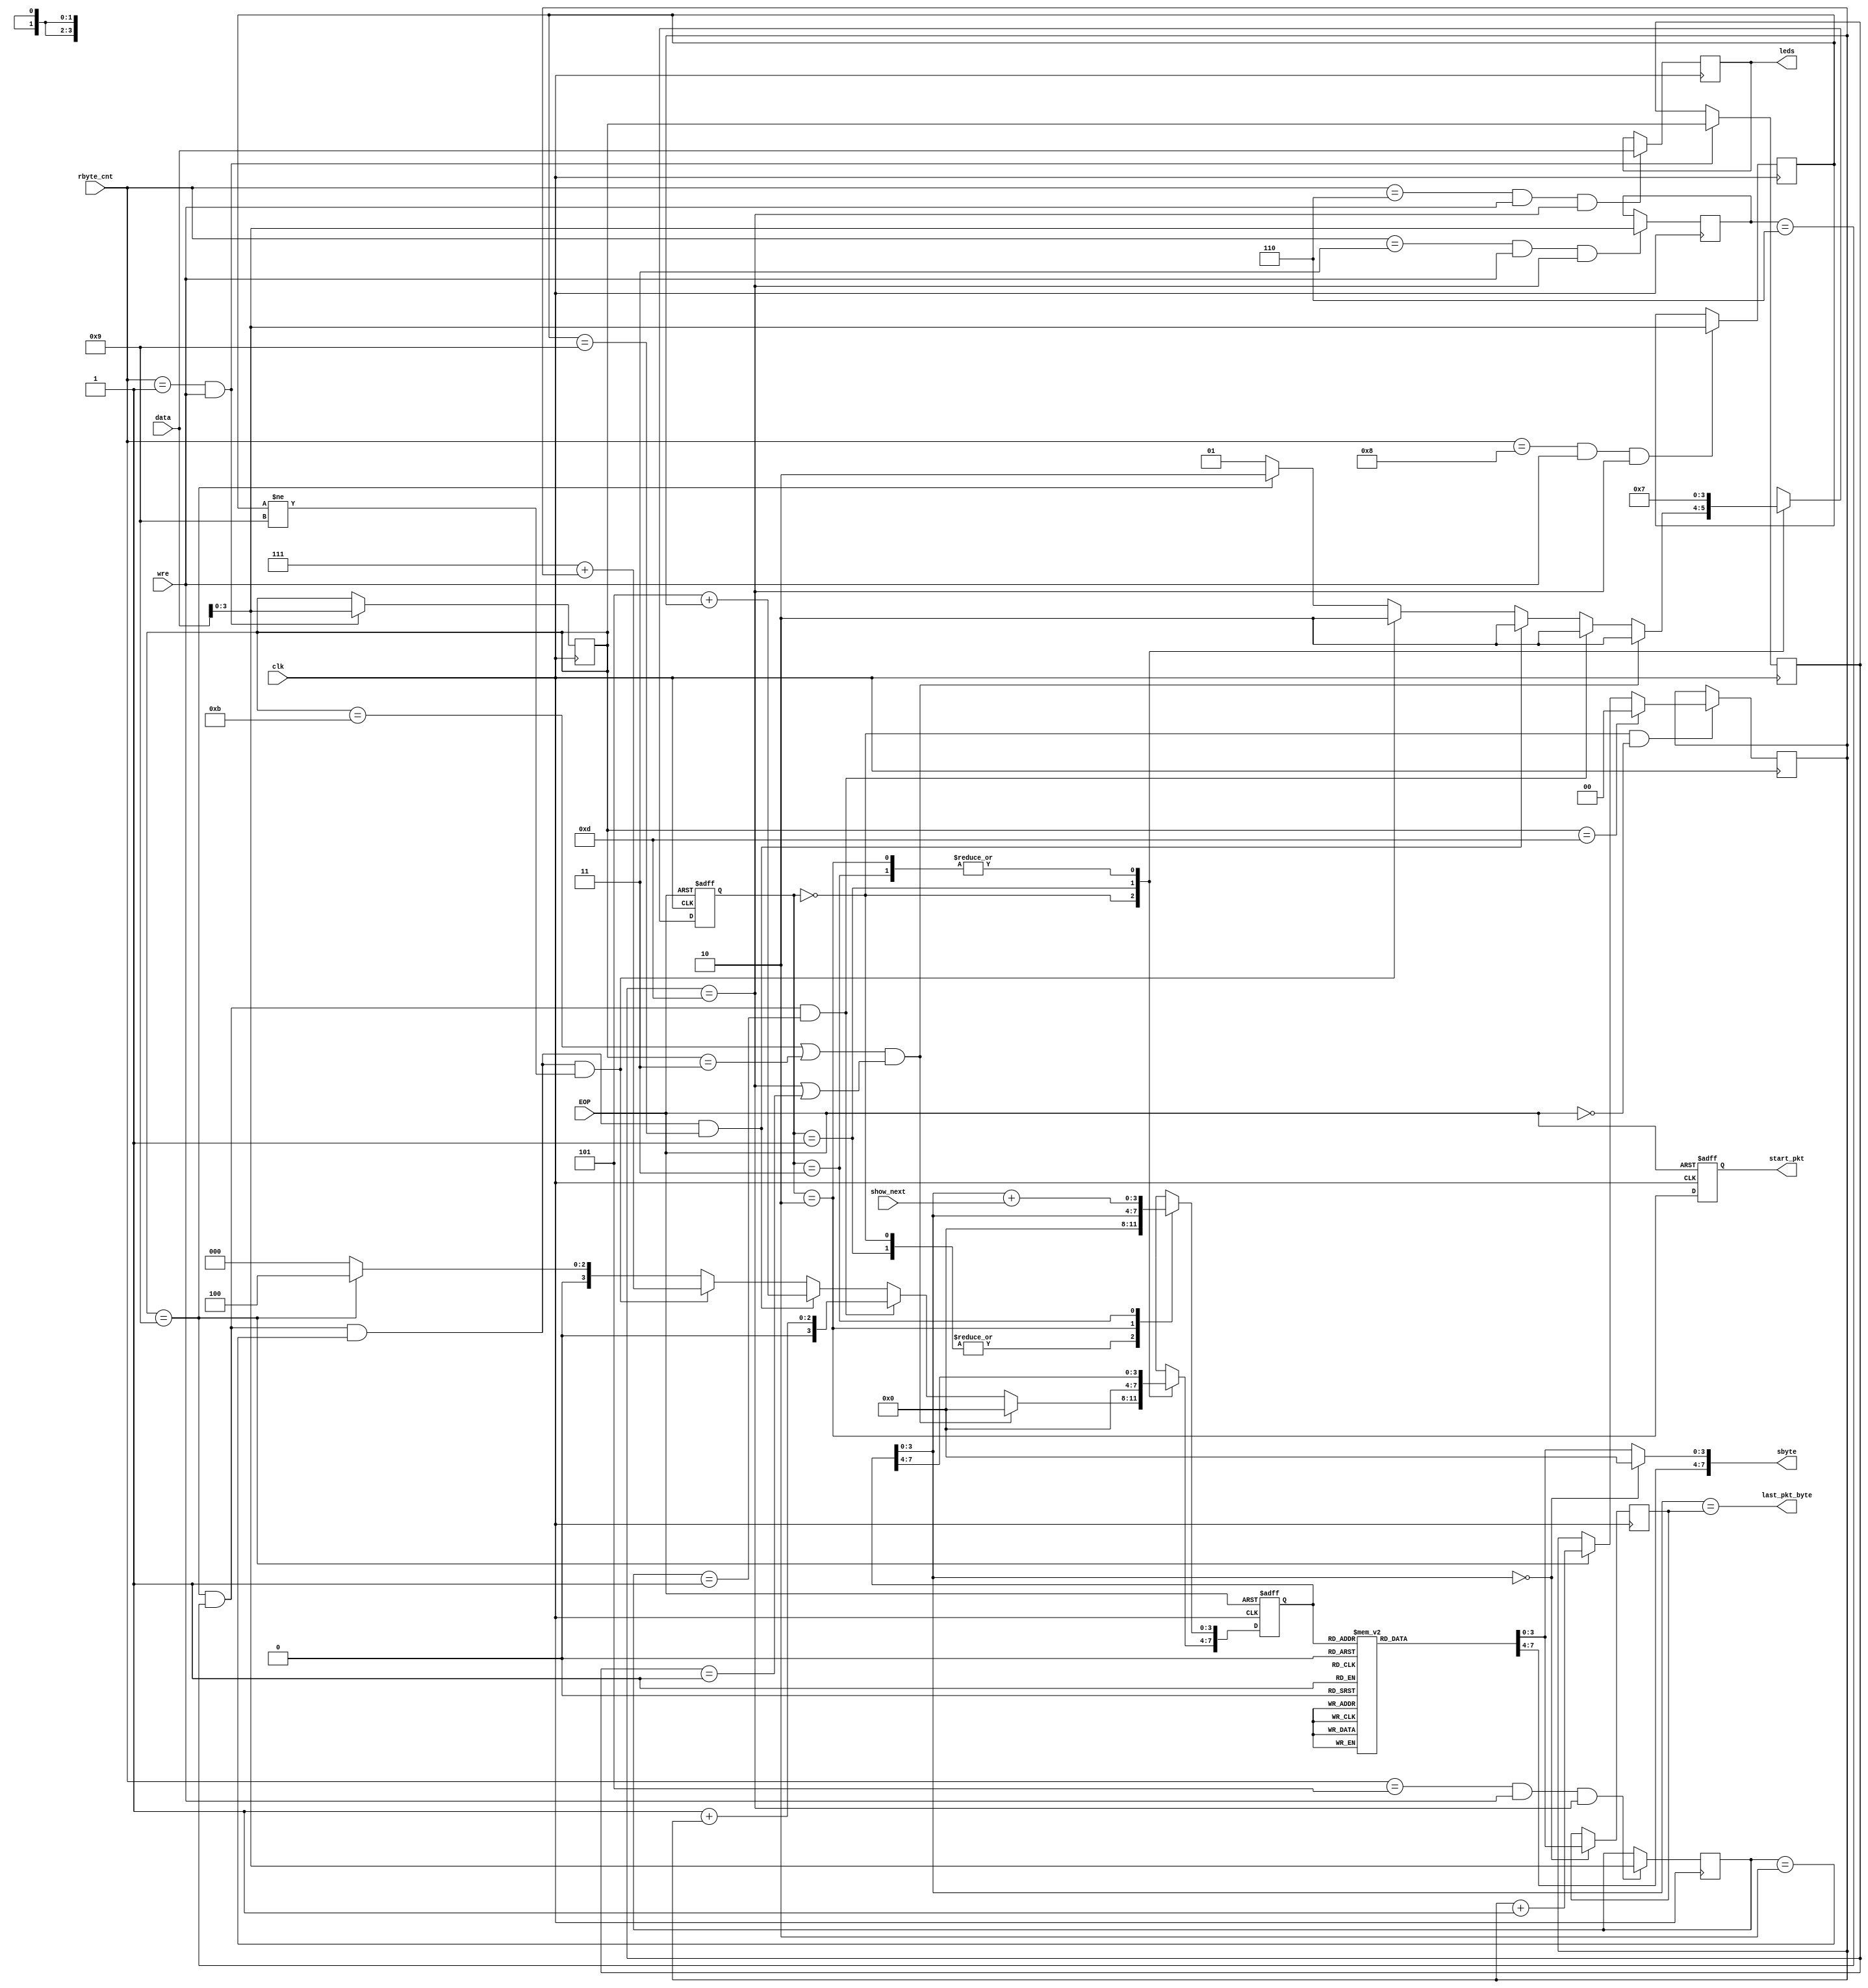

//simplest low speed USB CORE function

module ls_usb_core(

	//clock should be 5Mhz
	input wire clk,

	input wire EOP,
	input wire [7:0]data,
	input wire wre,

	input wire [3:0]rbyte_cnt,

	input wire show_next,

	output reg [7:0]sbyte,
	output reg start_pkt,
	output reg last_pkt_byte,
	output reg [7:0]leds
	);

//PIDs of last 2 received packets
reg [3:0]pid0;
reg [3:0]pid1;
reg [1:0]toggle;

always @(posedge clk)
begin
	if( (rbyte_cnt==4'h1) & wre)
	begin
		pid1 <= pid0;
		pid0 <= data[3:0];
	end
end

reg [3:0]setup_req;
always @(posedge clk)
begin
	if( (rbyte_cnt==4'h3) & wre & (pid1==4'hd) )
		setup_req <= data[3:0];
end

always @(posedge clk)
begin
	if( (rbyte_cnt==4'h6) & wre & (pid1==4'hd) )
		leds <= data[7:0];
end

/*
reg setup_val0;
always @(posedge clk)
begin
	if( (rbyte_cnt==4'h4) & wre & (pid1==4'hd) )
		setup_val0 <= data[0];
end
*/

reg [3:0]setup_val;
always @(posedge clk)
begin
	if( (rbyte_cnt==4'h5) & wre & (pid1==4'hd) )
		setup_val <= data[3:0];
end

reg [3:0]setup_len;
always @(posedge clk)
begin
	if( (rbyte_cnt==4'h8) & wre & (pid1==4'hd) )
		setup_len <= data[3:0];
end

//sending bytes table
reg [7:0]sptr;
reg [7:0]sb; //byte for send and flag for last packet

always @*
begin
	case(sptr)
	//ACK packet
	8'h00: sb = 8'h81;	//SYN	
	8'h01: sb = 8'hD2;	//last in packet
	8'h02: sb = 8'h00;
	8'h03: sb = 8'h00;
	8'h04: sb = 8'h00;
	8'h05: sb = 8'h00;
	8'h06: sb = 8'h00;
	8'h07: sb = 8'h00;
	8'h08: sb = 8'h00;
	8'h09: sb = 8'h00;
	8'h0a: sb = 8'h00;
	8'h0b: sb = 8'h00;
	8'h0c: sb = 8'h00;
	8'h0d: sb = 8'h00;
	8'h0e: sb = 8'h00;
	8'h0f: sb = 8'h00;
	
	//config descriptor 
	8'h10: sb = 8'h8b; //SYN
	8'h11: sb = 8'h4B;
	8'h12: sb = 8'h12;	//12 01 00 01 FF 00 00 08 23 f3
	8'h13: sb = 8'h01;
	8'h14: sb = 8'h00;
	8'h15: sb = 8'h01;
	8'h16: sb = 8'hff;
	8'h17: sb = 8'h00;
	8'h18: sb = 8'h00;
	8'h19: sb = 8'h08;
	8'h1a: sb = 8'h23;
	8'h1b: sb = 8'hf3;	//last in packet
	8'h1c: sb = 8'h00;
	8'h1d: sb = 8'h00;
	8'h1e: sb = 8'h00;
	8'h1f: sb = 8'h00;

	//config descriptor continued
	8'h20: sb = 8'h8b; 	//SYN
	8'h21: sb = 8'hC3;
	8'h22: sb = 8'hB9;	//B9 04 00 03 00 02 02 01 14 4a
	8'h23: sb = 8'h04;
	8'h24: sb = 8'h00;
	8'h25: sb = 8'h03;
	8'h26: sb = 8'h00;
	8'h27: sb = 8'h02;
	8'h28: sb = 8'h02;
	8'h29: sb = 8'h00;
	8'h2a: sb = 8'hd5;
	8'h2b: sb = 8'h8a;
	8'h2c: sb = 8'h00;
	8'h2d: sb = 8'h00;
	8'h2e: sb = 8'h00;
	8'h2f: sb = 8'h00;

	//config descriptor continued
	8'h30: sb = 8'h85; 	//SYN
	8'h31: sb = 8'h4B;
	8'h32: sb = 8'h00;	//00 01 3f 8f
	8'h33: sb = 8'h01;
	8'h34: sb = 8'h3f;
	8'h35: sb = 8'h8f;
	8'h36: sb = 8'h00;
	8'h37: sb = 8'h00;
	8'h38: sb = 8'h00;
	8'h39: sb = 8'h00;
	8'h3a: sb = 8'h00;
	8'h3b: sb = 8'h00;
	8'h3c: sb = 8'h00;
	8'h3d: sb = 8'h00;
	8'h3e: sb = 8'h00;
	8'h3f: sb = 8'h00;

	//empty IN
	8'h40: sb = 8'h83; 	//SYN
	8'h41: sb = 8'h4B;
	8'h42: sb = 8'h00;
	8'h43: sb = 8'h00;
	8'h44: sb = 8'h00;
	8'h45: sb = 8'h00;
	8'h46: sb = 8'h00;
	8'h47: sb = 8'h00;
	8'h48: sb = 8'h00;
	8'h49: sb = 8'h00;
	8'h4a: sb = 8'h00;
	8'h4b: sb = 8'h00;
	8'h4c: sb = 8'h00;
	8'h4d: sb = 8'h00;
	8'h4e: sb = 8'h00;
	8'h4f: sb = 8'h00;

	//config descriptor configuration
	8'h50: sb = 8'h8b; 	//SYN
	8'h51: sb = 8'h4B;
	8'h52: sb = 8'h09;
	8'h53: sb = 8'h02;
	8'h54: sb = 8'h14;
	8'h55: sb = 8'h00;
	8'h56: sb = 8'h01;
	8'h57: sb = 8'h01;
	8'h58: sb = 8'h00;
	8'h59: sb = 8'h80;
	8'h5a: sb = 8'h0e;
	8'h5b: sb = 8'hd6;
	8'h5c: sb = 8'h00;
	8'h5d: sb = 8'h00;
	8'h5e: sb = 8'h00;
	8'h5f: sb = 8'h00;

	//config descriptor configuration continued
	8'h60: sb = 8'h84; 	//SYN
	8'h61: sb = 8'hC3;
	8'h62: sb = 8'h0d;
	8'h63: sb = 8'h81;
	8'h64: sb = 8'h7a;
	8'h65: sb = 8'h00;
	8'h66: sb = 8'h00;
	8'h67: sb = 8'h00;
	8'h68: sb = 8'h00;
	8'h69: sb = 8'h00;
	8'h6a: sb = 8'h00;
	8'h6b: sb = 8'h00;
	8'h6c: sb = 8'h00;
	8'h6d: sb = 8'h00;
	8'h6e: sb = 8'h00;
	8'h6f: sb = 8'h00;

	//config descriptor configuration
	8'h70: sb = 8'h8b; 	//SYN
	8'h71: sb = 8'h4B;
	8'h72: sb = 8'h09;
	8'h73: sb = 8'h02;
	8'h74: sb = 8'h14;
	8'h75: sb = 8'h00;
	8'h76: sb = 8'h01;
	8'h77: sb = 8'h01;
	8'h78: sb = 8'h00;
	8'h79: sb = 8'h80;
	8'h7a: sb = 8'h0e;
	8'h7b: sb = 8'hd6;
	8'h7c: sb = 8'h00;
	8'h7d: sb = 8'h00;
	8'h7e: sb = 8'h00;
	8'h7f: sb = 8'h00;

	//config descriptor configuration continued
	8'h80: sb = 8'h8b; 	//SYN
	8'h81: sb = 8'hC3;
	8'h82: sb = 8'h0d;
	8'h83: sb = 8'h09;
	8'h84: sb = 8'h04;
	8'h85: sb = 8'h00;
	8'h86: sb = 8'h00;
	8'h87: sb = 8'h00;
	8'h88: sb = 8'hff;
	8'h89: sb = 8'h00;
	8'h8a: sb = 8'ha7;
	8'h8b: sb = 8'h19;
	8'h8c: sb = 8'h00;
	8'h8d: sb = 8'h00;
	8'h8e: sb = 8'h00;
	8'h8f: sb = 8'h00;

	//config descriptor configuration continued
	8'h90: sb = 8'h87; 	//SYN
	8'h91: sb = 8'h4B;
	8'h92: sb = 8'h00;
	8'h93: sb = 8'h00;
	8'h94: sb = 8'h02;
	8'h95: sb = 8'h40;
	8'h96: sb = 8'hff;
	8'h97: sb = 8'h4b;
	8'h98: sb = 8'h00;
	8'h99: sb = 8'h00;
	8'h9a: sb = 8'h00;
	8'h9b: sb = 8'h00;
	8'h9c: sb = 8'h00;
	8'h9d: sb = 8'h00;
	8'h9e: sb = 8'h00;
	8'h9f: sb = 8'h00;

	default:
		sb = 8'h00;
	endcase
end

reg [1:0]state;
reg [3:0]pkt_len;

always @(posedge clk)
begin
	if(sptr[3:0]==4'h0)
		pkt_len <= sb[3:0];
/*	
	if(sptr[3:0]==4'h0)	
		sbyte <= {sb[7:4],4'b0000};
	else
		sbyte <= sb;

	last_pkt_byte <= (sptr[3:0]==pkt_len);
*/
end

always @*
begin
	if(sptr[3:0]==4'h0)	
		sbyte = {sb[7:4],4'b0000};
	else
		sbyte = sb;

	last_pkt_byte = (sptr[3:0]==pkt_len);
end

always @(posedge clk)
begin
	if( (state==0) & (!EOP) )
	begin
		if(pid0==4'hd) //0x2D
			toggle <= 2'b00;
		else
		if(pid0==4'h9) //0x69
			toggle <= toggle + 1'b1;
	end
end

always @(posedge clk or posedge EOP)
begin
	if(EOP)
	begin
		//kind of reset
		start_pkt <= 1'b0;
		state <= 0;
		sptr  <= 8'h00;
	end
	else
	begin
		start_pkt <= (state==2'b10);

		case(state)
		0:
		begin
			//do nothing but just after EOP check last PIDs
			if( ((pid0==4'hb) | (pid0==4'h3)) & ((pid1==4'hd) | (pid1==4'h1)) ) // (0x4b or 0xc3) and (0x2d and 0xE1) 
			begin
				state <= 2;			//should send packet
				sptr[7:4] <= 4'h0;	//packet will be ACK
				sptr[3:0] <= 4'h0;
			end
			else
			if( (pid0==4'h9)&(setup_req==4'h6)&(setup_val==4'h1))
			begin
				state <= 2;			//should send packet
				sptr[7:4] <= 4'h1+toggle;	//packet will be config descriptor
				sptr[3:0] <= 4'h0;
			end
			else
			if( (pid0==4'h9)&(setup_req==4'h6)&(setup_val==4'h2)&(setup_len==4'h9))
			begin
				state <= 2;			//should send packet
				sptr[7:4] <= 4'h5+toggle;	//packet will be config descriptor configuration
				sptr[3:0] <= 4'h0;
			end
			else
			if( (pid0==4'h9)&(setup_req==4'h6)&(setup_val==4'h2)&(setup_len!=4'h9))
			begin
				state <= 2;			//should send packet
				sptr[7:4] <= 4'h7+toggle;	//packet will be config descriptor configuration
				sptr[3:0] <= 4'h0;
			end
			else
			if(pid0==4'h9)
			begin
				state <= 2;			//should send packet
				sptr[7:4] <= 4'h4;	//empty IN
				sptr[3:0] <= 4'h0;
			end
			else
			begin
				state <= 1; //should do nothing
				sptr<=8'h00;
			end
		end
		1:
		begin
			//do nothing
			state <= 1;
			sptr  <= 8'h00;
		end
		2:
		begin
			//initiate send packet
			state <= 3;
			sptr  <= sptr;
		end
		3:
		begin
			state <= 3;
			sptr[3:0] <= sptr[3:0] + show_next;
			sptr[7:4] <= sptr[7:4];
		end
		endcase
	end
end

endmodule